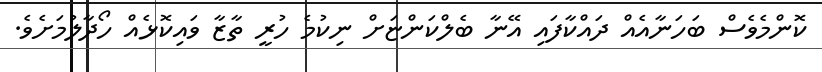
ކޮންމެވެސް ބަހަނާއެއް ދައްކާފައި އޭނާ ބެލްކަންޏަށް ނިކުމެ ހުރީ ތާޒާ ވައިކޮޅެއް ހޯދާލުމަށެވެ.